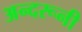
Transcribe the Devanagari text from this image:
अन्‍दरूनी